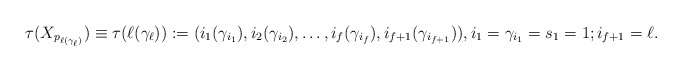
\begin{align*}\tau(X_{p_{\ell(\gamma_\ell)}})\equiv\tau(\ell(\gamma_\ell)):=({i_1(\gamma_{i_1})}, {i_2(\gamma_{i_2})},\ldots, i_f(\gamma_{i_f}), i_{f+1}(\gamma_{i_{f+1}})),i_1=\gamma_{i_1}=s_{1}=1; i_{f+1}=\ell. \end{align*}